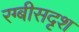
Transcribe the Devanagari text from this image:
रग्बीसदृश